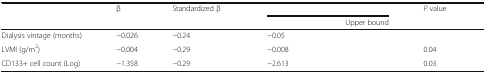
<table><thead><tr><td rowspan="2">[EMPTY_CELL]</td><td rowspan="2"><b>β</b></td><td rowspan="2"><b>Standardized β</b></td><td colspan="2">[EMPTY_CELL]</td><td rowspan="2"><b><i>P</i> value</b></td></tr><tr><td>[EMPTY_CELL]</td><td><b>Upper bound</b></td></tr></thead><tbody><tr><td>Dialysis vintage (months)</td><td>−0.026</td><td>−0.24</td><td>−0.05</td><td>[EMPTY_CELL]</td><td>[EMPTY_CELL]</td></tr><tr><td>LVMI (g/m<sup>2</sup>)</td><td>−0.004</td><td>−0.29</td><td>−0.008</td><td>[EMPTY_CELL]</td><td>0.04</td></tr><tr><td>CD133+ cell count (Log)</td><td>−1.358</td><td>−0.29</td><td>−2.613</td><td>[EMPTY_CELL]</td><td>0.03</td></tr></tbody></table>